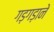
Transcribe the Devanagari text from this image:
गड़गड़ाने